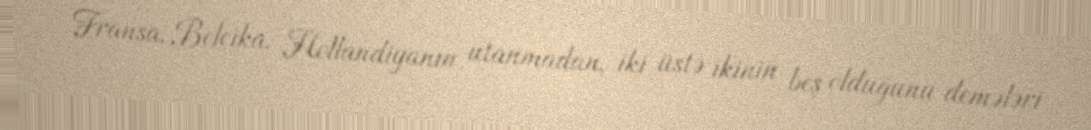
Fransa, Belçika, Hollandiyanın utanmadan, iki üstə ikinin beş olduğunu demələri